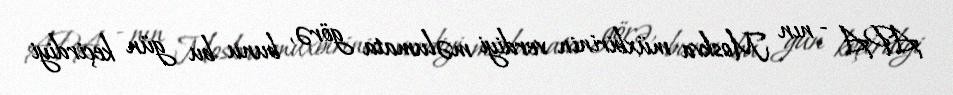
APA - nın Moskva müxbirinin verdiyi məlumata görə, bunu bu gün keçirdiyi